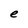
Character: e